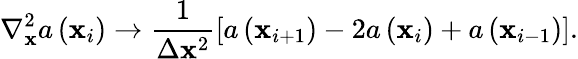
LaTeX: \nabla_{\mathbf{x}}^{2}a\left(\mathbf{x}_{i}\right)\rightarrow\frac{{1}}{{\Delta\mathbf{x}^{2}}}\left[a\left(\mathbf{x}_{i+1}\right)-2a\left(\mathbf{x}_{i}\right)+a\left(\mathbf{x}_{i-1}\right)\right].